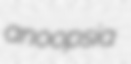
anoopsia